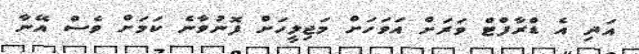
އަދި އެ ޑްރާފްޓް ވަރަށް އަވަހަށް މަޖިލީހަށް ފޮނުވާނެ ކަމަށް ވެސް އޭނާ